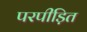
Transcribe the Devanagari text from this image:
परपीड़ित